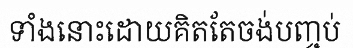
ទាំងនោះដោយគិតតែចង់បញ្ចប់